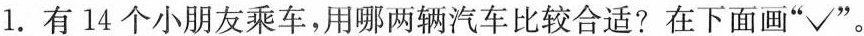
1. 有14个小朋友乘车，用哪两辆汽车比较合适?在下面画”√”。